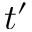
t ^ { \prime }